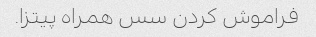
فراموش کردن سس همراه پیتزا.